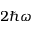
2 \hbar \omega